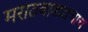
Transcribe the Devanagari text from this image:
मराठवाड्याचाच